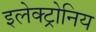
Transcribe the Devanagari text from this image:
इलेक्ट्रोनिय